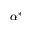
\alpha ^ { * }